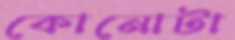
কোনোটা